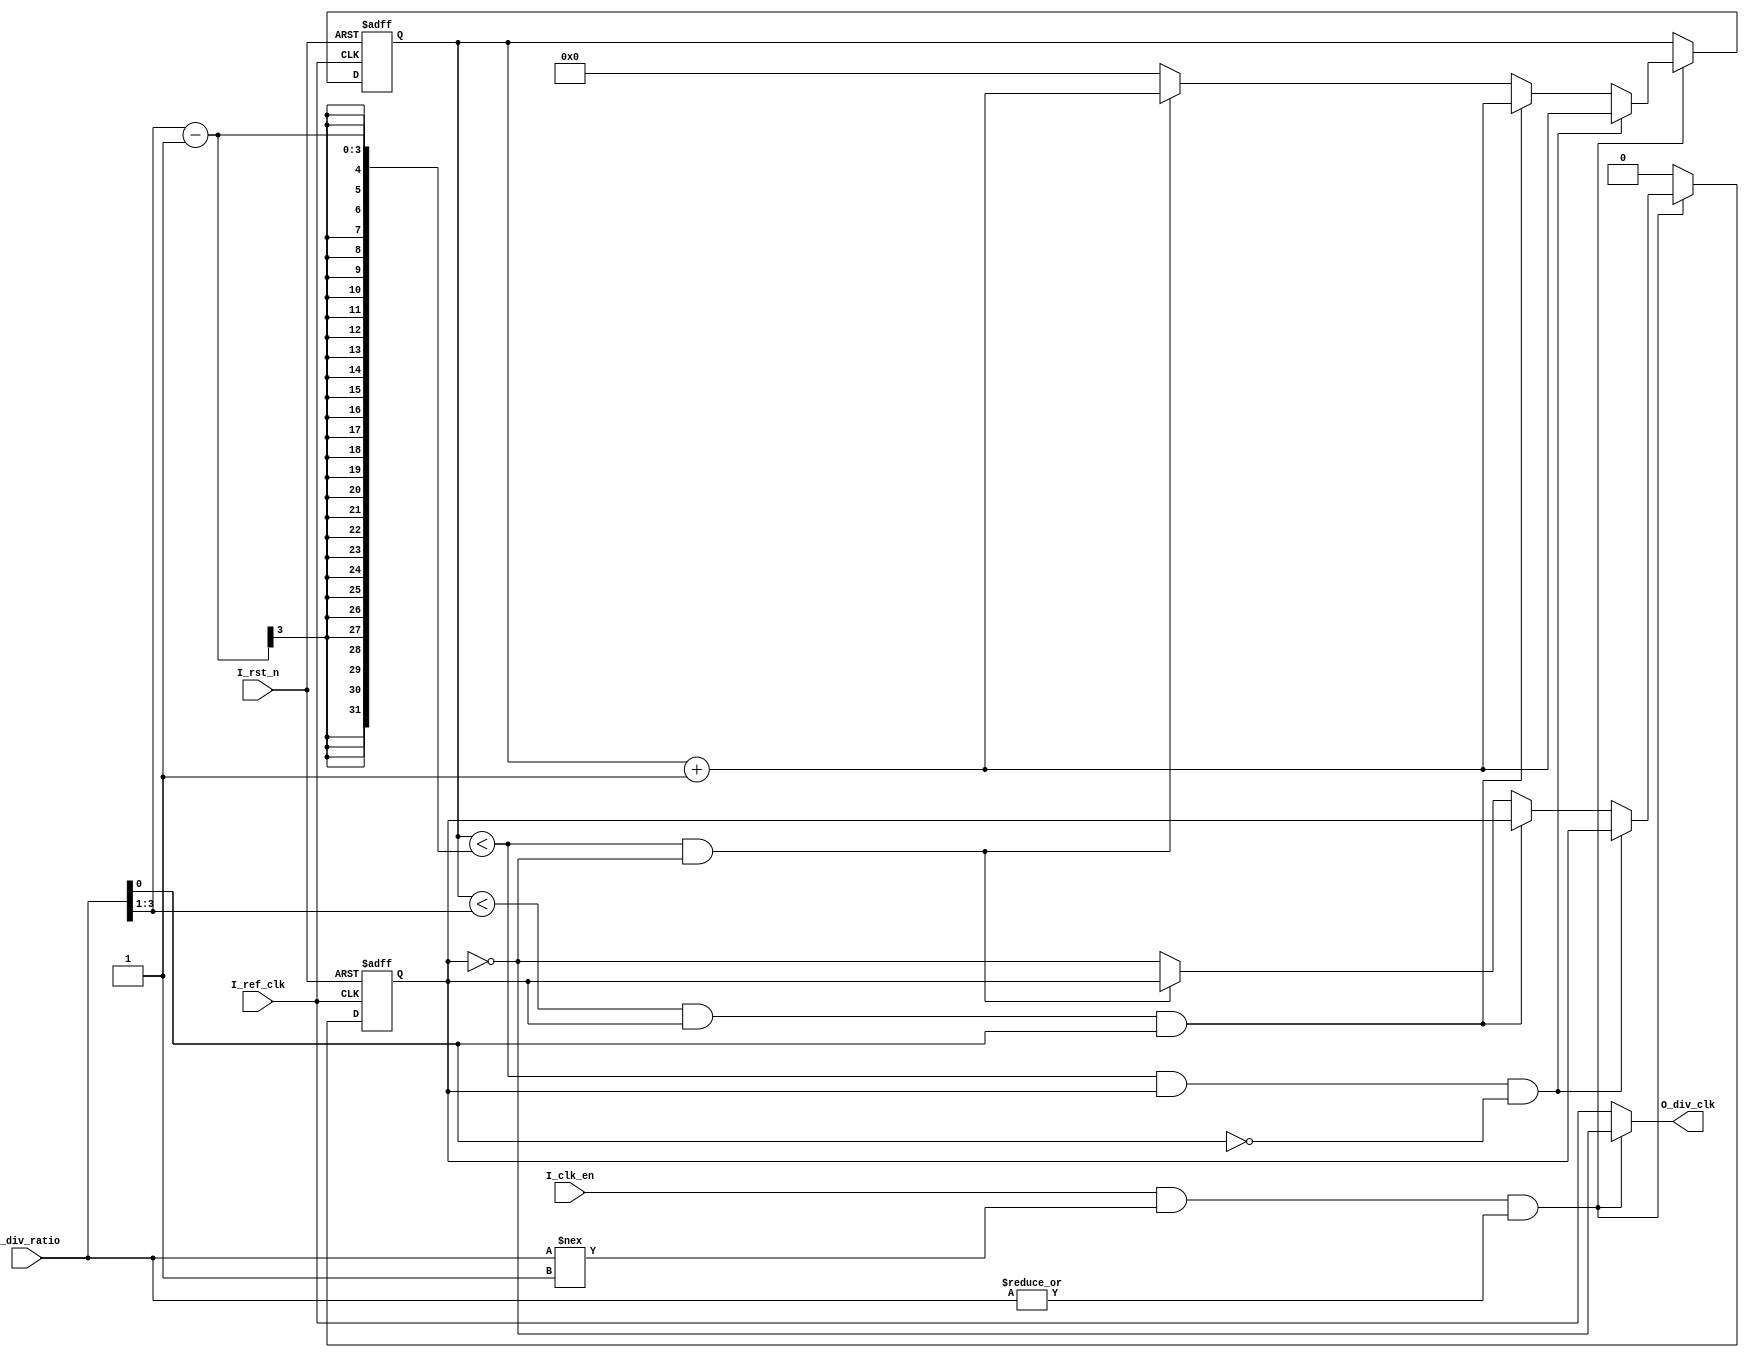
//////////////////////////////////////////////////////////////////
// Description: Parameterized clock divider module
//////////////////////////////////////////////////////////////////

module ClkDiv
#( parameter RATIO_WD = 4 ) // Parameter defining the width of the divider ratio

(
input 	wire 						I_ref_clk,       // Input reference clock
input 	wire 						I_rst_n,         // Active-low reset signal
input 	wire 						I_clk_en,        // Clock enable signal
input 	wire 	[RATIO_WD-1:0]				I_div_ratio,     // Divider ratio
output 	wire						O_div_clk        // Output divided clock
);

// Internal signals
wire 	[RATIO_WD-1:0]		divide;   // Half of the division ratio
wire   				clk_en;   // Internal clock enable signal
reg 				div_clk;  // Register for the divided clock
reg 	[RATIO_WD-1:0] 		count;    // Counter register

// Assign divide to half of I_div_ratio
assign divide 		= I_div_ratio >>1;

// Assign clk_en based on I_clk_en and the validity of I_div_ratio
assign clk_en		= I_clk_en & (I_div_ratio !== 1'b1) & (|I_div_ratio);

// Assign O_div_clk based on clk_en and div_clk
assign O_div_clk 	= clk_en ? (!div_clk) : I_ref_clk;


always @(posedge I_ref_clk, negedge I_rst_n)
 if(!I_rst_n)
 begin
 	count 		<= 0;    // Reset count to 0
	div_clk 	<= 0;    // Reset div_clk to 0
 end
 else 
 begin
	// When clk_en is high, perform division
	if(clk_en)
	begin
		// Even division case
		if((count < divide-1) & (div_clk) & (!I_div_ratio[0]))
		begin
			count <= count + 1;  
		end
		
		// Odd division case
		else if((count < divide) & (div_clk) & I_div_ratio[0])
		begin
			count <= count + 1;  
		end
		
		// General case for toggling div_clk
		else if ((count < divide-1) & (!div_clk))
		begin
			count <= count + 1;  
		end
		
		// Toggle div_clk and reset count
		else 
		begin
			div_clk <= !div_clk; // Toggle div_clk
			count <= 0;          // Reset count
		end
	end
	else 
		div_clk <= 0;  // When clk_en is low, set div_clk to 0
 end

endmodule